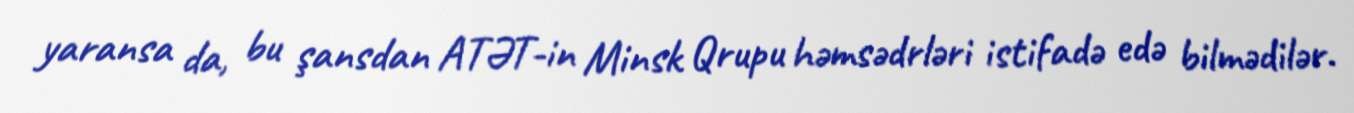
yaransa da, bu şansdan ATƏT-in Minsk Qrupu həmsədrləri istifadə edə bilmədilər.